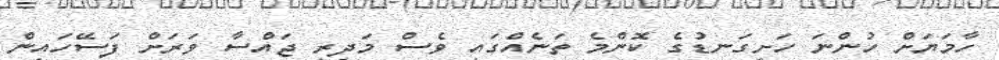
ހާމަޔަށް ހުންނަ ހަށިގަނޑުގެ ކޮންމެ ތަނެއްގައި ވެސް މަދިރި ޖައްސާ ވަރަށް ފަސޭހައިން